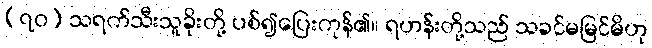
(၇၀) သရက်သီးသူခိုးတို့ ပစ်၍ပြေးကုန်၏။ ရဟန်းတို့သည် သခင်မမြင်မိဟု